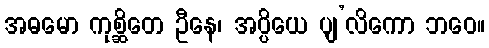
အဓမော ကုစ္ဆိတေ ဦနေ၊ အပ္ပိယေ ပျ’လိကော ဘဝေ။